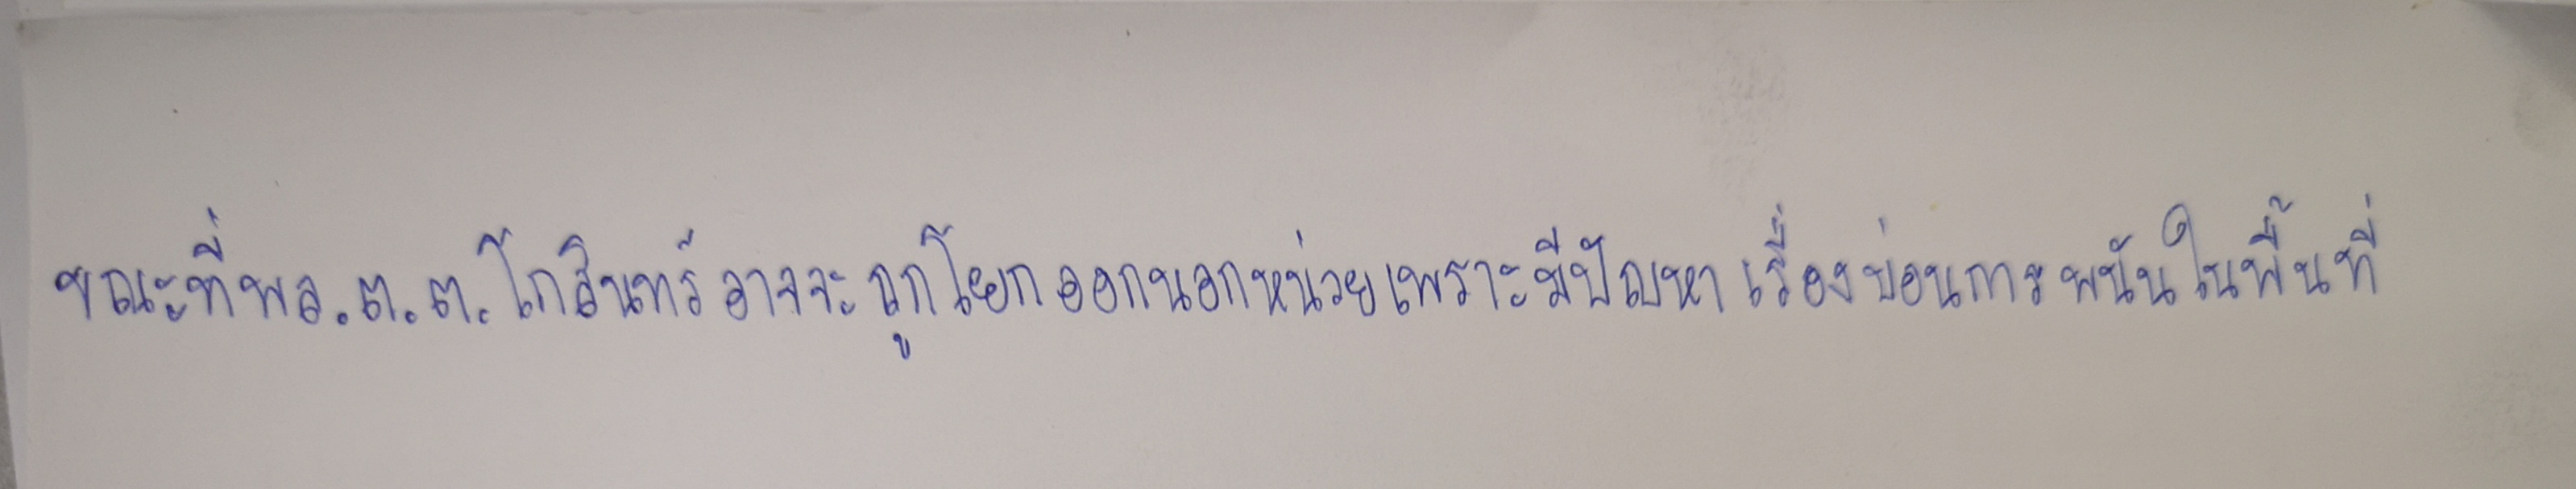
ขณะที่พล.ต.ต.โกสินทร์อาจจะถูกโยกออกนอกหน่วยเพราะมีปัญหาเรื่องบ่อนการพนันในพื้นที่